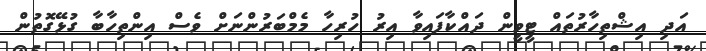
އަދި އިޝްތިހާރުތައް ޓީވީން ދައްކާފައިވާ އިރު ހުރިހާ މެމްބަރުންނަށް ވެސް އިންތިހާބާ ގުޅޭގޮތުން